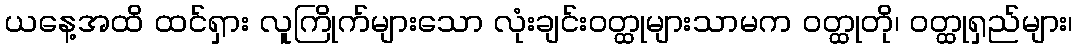
ယနေ့အထိ ထင်ရှား လူကြိုက်များသော လုံးချင်းဝတ္ထုများသာမက ဝတ္ထုတို၊ ဝတ္ထုရှည်များ၊